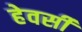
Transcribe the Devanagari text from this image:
हेवर्सी